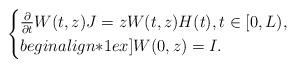
LaTeX: \begin{align*} \begin{cases}\frac{\partial}{\partial t} W(t,z) J = z W(t,z)H(t), t \in [0,L), \\begin{align*}1ex]W(0,z)=I.\end{cases}\end{align*}